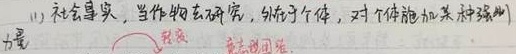
(1) 社会事实，当作“物”去研究，外在于个体，对个体施加某种“强制力量”。转变重点词组.